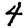
Digit: 4